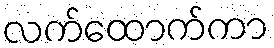
လက်ထောက်ကာ